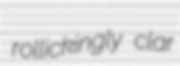
rollickingly clar